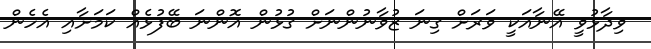
ވިދާޅުވީ އޭނާއަކީ ވަރަށް ގިނަ ޒުވާނުންނަށް ގުޅުން އޮންނަ ބޭފުޅެއް ކަމަށާއި އެހެން